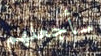
سأجعلهم